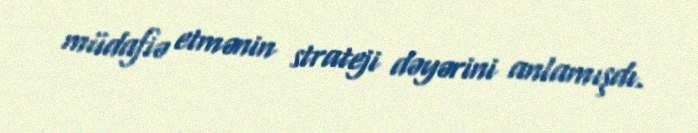
müdafiə etmənin strateji dəyərini anlamışdı.